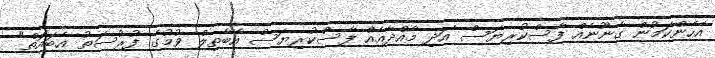
އެހެންކަމުން ގާނޫނެއް ފާސްކުރިޔަސް އަދި މާއްދާއެއް ފާސްކުރިޔަސް އެބާތިލް ވުމުގެ ފުރުސަތު އެބައޮތް"